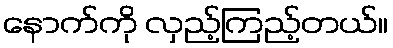
နောက်ကို လှည့်ကြည့်တယ်။